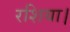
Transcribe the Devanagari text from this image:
रशिया।